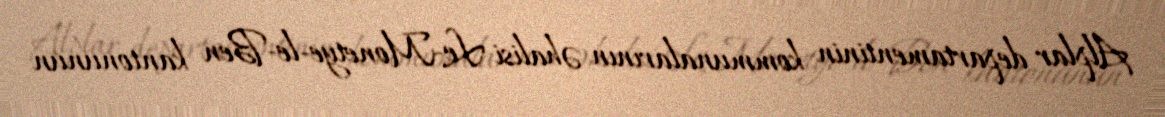
Alplar departamentinin kommunalarının əhalisi Le-Monetye-le-Ben kantonunun